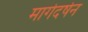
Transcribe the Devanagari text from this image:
मार्गदर्षन